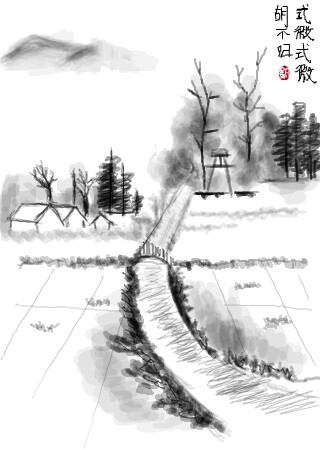
雉雊麦苗秀，蚕眠桑叶稀。